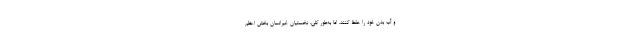
و آب بدن خود را حفظ کنند. اما به‌طور کلی، نخستیانِ غیرانسان بخش اعظم